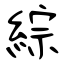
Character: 綜